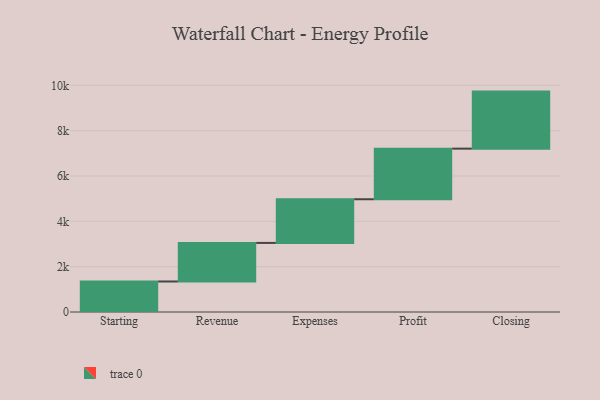
{"axis": {"x": "Step", "y": "Value"}, "legend": [""], "data": [{"x": "Starting", "y": 1346.0, "type": ""}, {"x": "Revenue", "y": 1701.0, "type": ""}, {"x": "Expenses", "y": 1927.0, "type": ""}, {"x": "Profit", "y": 2232.0, "type": ""}, {"x": "Closing", "y": 2516.0, "type": ""}]}